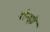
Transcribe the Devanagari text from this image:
रौन्ड़ो